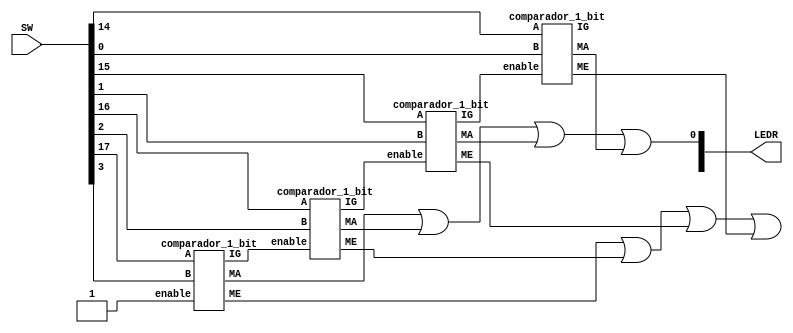
/*	Sistema Digitais para Computao
*	Projeto 3 - comparador maior-menor-igual 4 bits
*
*	Alunos:
*	- Augusto Soares
*	- Jamil Souza
*	CEFETMG - 2022
*/

module comparador_4_bits(SW,LEDR);
input [17:0]SW;
output [17:0]LEDR;
wire [3:0] A, B, resultIG,resultMA,resultME;

assign A = SW[17:14];
assign B = SW[3:0];
assign LEDR[5] = resultIG[0];
assign LEDR[0] = resultMA[3] | resultMA[2] | resultMA[1] | resultMA[0];
assign LEDR[10] = resultME[3] | resultME[2] | resultME[1] | resultME[0];

comparador_1_bit block3(1'b1,A[3],B[3],resultIG[3],resultMA[3],resultME[3]);
comparador_1_bit block2(resultIG[3],A[2],B[2],resultIG[2],resultMA[2],resultME[2]);
comparador_1_bit block1(resultIG[2],A[1],B[1],resultIG[1],resultMA[1],resultME[1]);
comparador_1_bit block0(resultIG[1],A[0],B[0],resultIG[0],resultMA[0],resultME[0]);

endmodule

module comparador_1_bit(enable,A,B,IG,MA,ME);

input enable,A,B;
output IG,MA,ME;

assign IG = enable & (A ^~ B);
assign MA = enable & (A & !B);
assign ME = enable & (!A & B);

endmodule